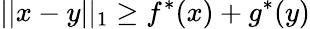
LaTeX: ||x-y||_{1}\geq f^{*}(x)+g^{*}(y)